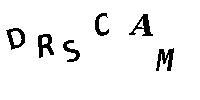
DRSCAM